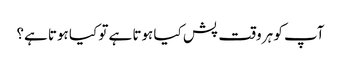
آپ کو ہر وقت پش کیا ہوتا ہے تو کیا ہوتا ہے؟